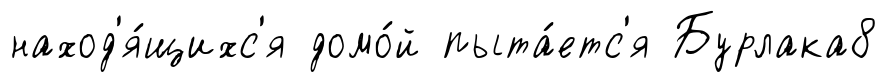
наход'я́щихс'я домо́й пыта́етс'я Бурлака8